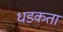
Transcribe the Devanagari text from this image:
धडकता